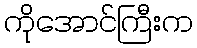
ကိုအောင်ကြီးက